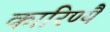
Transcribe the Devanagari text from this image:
कारिण्यै